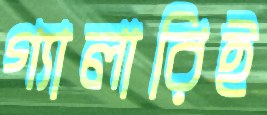
গ্যালারিই